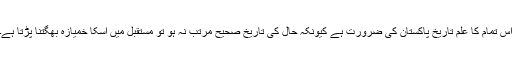
اس تمام کا علم تاریخ پاکستان کی ضرورت ہے کیونکہ حال کی تاریخ صحیح مرتب نہ ہو تو مستقبل میں اسکا خمیازہ بھگتنا پڑتا ہے۔